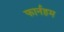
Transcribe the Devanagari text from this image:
फार्नहम